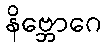
နိဗ္ဘောဂေ